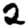
Digit: 2